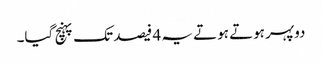
دوپہر ہوتے ہوتے یہ 4 فیصد تک پہنچ گیا۔